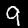
Digit: 9